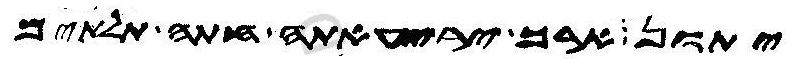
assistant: יתון ארך יריעאתה חתה תלתים